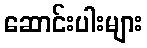
ဆောင်းပါးများ